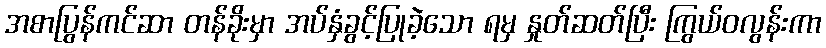
အစာပြွန်ကင်ဆာ တန်ခိုးမှာ အပ်နှံခွင့်ပြုခဲ့သော ရမှ နှုတ်ဆတ်ပြီး ကြွယ်ဝလွန်းကာ